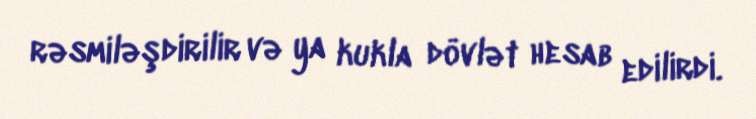
rəsmiləşdirilir və ya kukla dövlət hesab edilirdi.